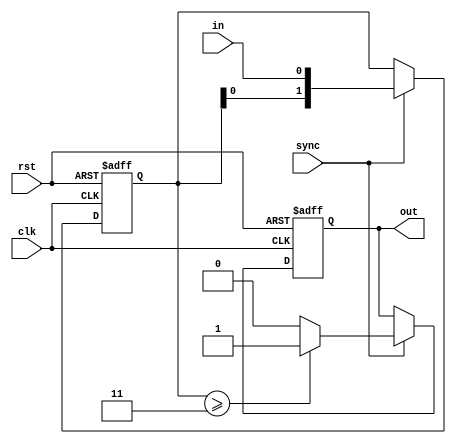
module buttonCleaner(
    input in, //  
    input sync, //    ,      ""
	 input clk, //
	 input rst,
    output reg out //  
    );
	
	reg [1:0]count;

always @(posedge clk, posedge rst)
begin
	if(rst)
	begin
		count <= 0;
		out <= 0;
	end
	else
	begin
		if(sync)
		begin
			count <= {count[0], in}; //        ( )
			if(count >= 2'b11) //       -  
				out <= 1;
			else
				out <= 0;
		end
	end
end

endmodule